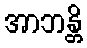
အာဘန္တိ